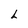
Character: L